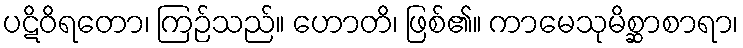
ပဋိဝိရတော၊ ကြဉ်သည်။ ဟောတိ၊ ဖြစ်၏။ ကာမေသုမိစ္ဆာစာရာ၊